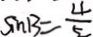
\sin B = \frac { 4 } { 5 }